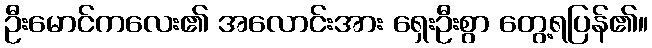
ဦးမောင်ကလေး၏ အလောင်းအား ရှေးဦးစွာ တွေ့ရပြန်၏။